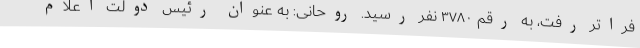
فراتر رفت، به رقم ۳۷۸۰ نفر رسید. روحانی: به عنوان رئیس دولت اعلام